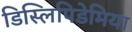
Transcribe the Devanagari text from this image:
डिस्लिपिडेमिया